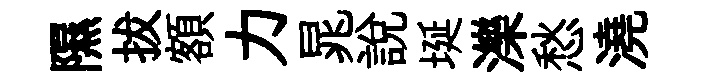
隰拔額力晁説埏濼愁澆